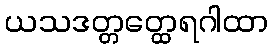
ယသဒတ္တတ္ထေရဂါထာ